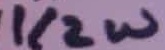
Text: 1/2W